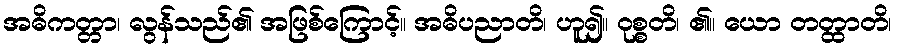
အဓိကတ္တာ၊ လွန်သည်၏ အဖြစ်ကြောင့်။ အဓိပညာတိ၊ ဟူ၍။ ဝုစ္စတိ၊ ၏။ ယော တတ္ထာတိ၊